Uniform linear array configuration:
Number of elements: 64
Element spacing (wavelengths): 0.25
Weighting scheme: kaiser
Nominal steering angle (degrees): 45
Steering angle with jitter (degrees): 45.414
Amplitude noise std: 0.05
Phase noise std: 0.05

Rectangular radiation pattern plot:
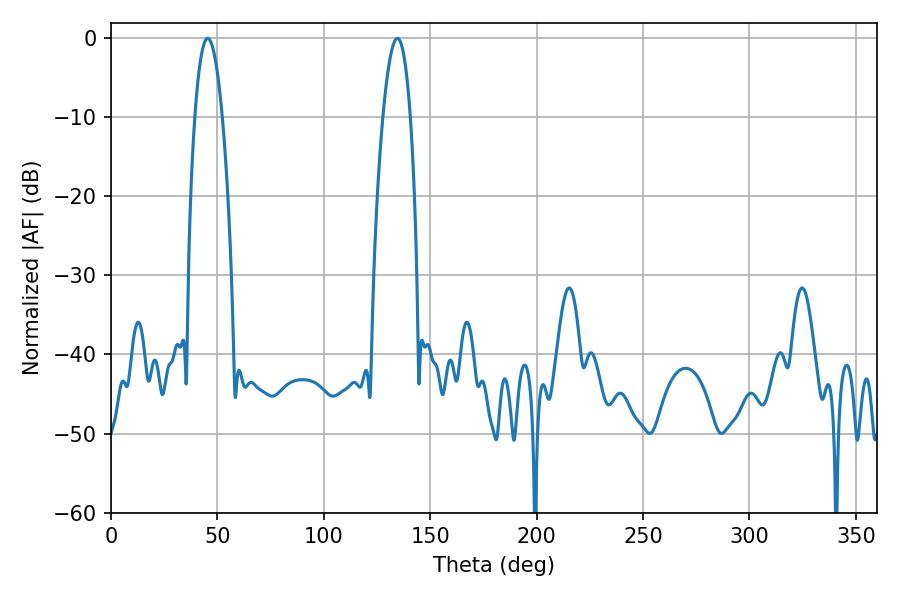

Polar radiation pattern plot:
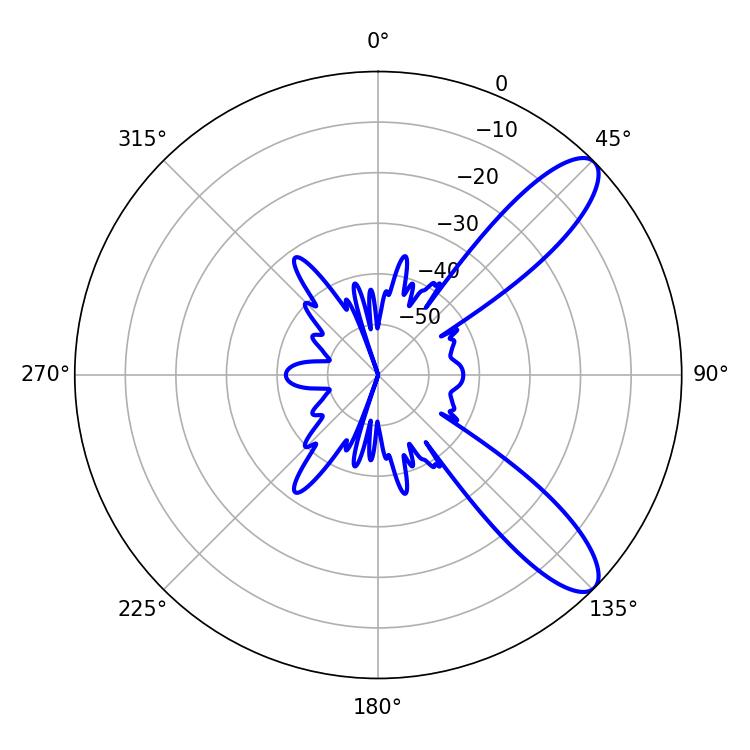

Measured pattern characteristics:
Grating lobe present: FALSE
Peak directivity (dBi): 10.205
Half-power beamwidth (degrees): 7.2
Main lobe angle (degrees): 45.36